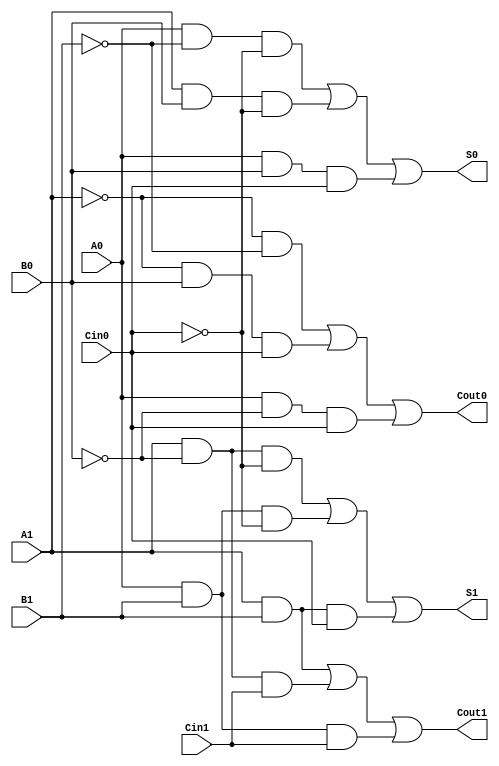
module dual_rail_full_adder (
    input wire A1, A0,      // Dual-rail representation of input A
    input wire B1, B0,      // Dual-rail representation of input B
    input wire Cin1, Cin0,  // Dual-rail representation of carry input Cin
    output wire S1, S0,     // Dual-rail representation of sum output S
    output wire Cout1, Cout0 // Dual-rail representation of carry output Cout
);

// Intermediate signals for the logic
wire A, B, Cin;
wire sum, carry;

// Decode dual-rail inputs to single-bit values
assign A = A1 ? 1'b1 : (A0 ? 1'b0 : 1'bx);
assign B = B1 ? 1'b1 : (B0 ? 1'b0 : 1'bx);
assign Cin = Cin1 ? 1'b1 : (Cin0 ? 1'b0 : 1'bx);

// Sum logic
assign sum = A ^ B ^ Cin;

// Carry logic
assign carry = (A & B) | (Cin & (A ^ B));

// Generate dual-rail outputs for sum
assign S1 = (A1 & ~B0 & ~Cin0) | (A0 & B1 & ~Cin0) | (A1 & B1 & Cin0);
assign S0 = (A0 & ~B1 & ~Cin0) | (A1 & B0 & ~Cin0) | (A0 & B0 & Cin0);

// Generate dual-rail outputs for carry
assign Cout1 = (A1 & B1) | (A1 & ~B0 & Cin1) | (A0 & B1 & Cin1);
assign Cout0 = (~A1 & ~B1) | (~A1 & B0 & Cin0) | (A0 & ~B0 & Cin0);

endmodule